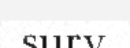
surv